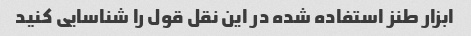
ابزار طنز استفاده شده در این نقل قول را شناسایی کنید